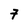
Character: 7